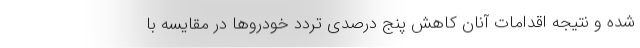
شده و نتیجه اقدامات آنان کاهش پنج درصدی تردد خودروها در مقایسه با